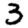
Digit: 3